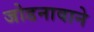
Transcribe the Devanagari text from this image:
जोडनावाने